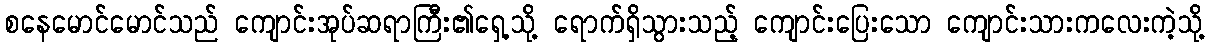
စနေမောင်မောင်သည် ကျောင်းအုပ်ဆရာကြီး၏ရှေ့သို့ ရောက်ရှိသွားသည့် ကျောင်းပြေးသော ကျောင်းသားကလေးကဲ့သို့